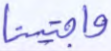
واجتبينا